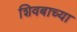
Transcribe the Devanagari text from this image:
शिवबाच्‍या